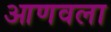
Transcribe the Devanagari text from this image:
आणवला